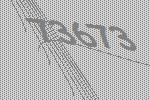
73673